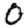
Digit: 0